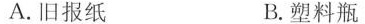
A.旧报纸 B.塑料瓶